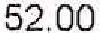
52.00